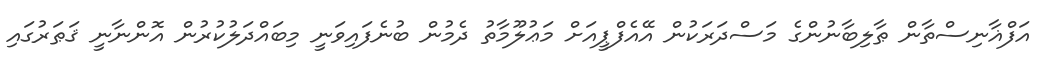
އަފްޣާނިސްތާން ޠާލިބާނުންގެ މަސްދަރަކުން އޭއެފްޕީއަށް މަޢުލޫމާތު ދެމުން ބުނެފައިވަނީ މިބައްދަލުކުރުން އޮންނާނީ ޤަޠަރުގައި